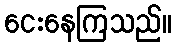
ငေးနေကြသည်။